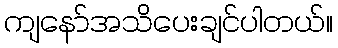
ကျနော်အသိပေးချင်ပါတယ်။